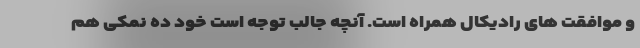
و موافقت های رادیکال همراه است. آنچه جالب توجه است خود ده نمکی هم